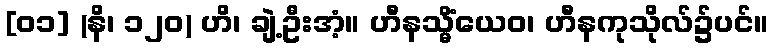
[၀၁] (နိ၊ ၁၂၀) ဟိ၊ ချဲ့ဦးအံ့။ ဟီနသ္မိံယေဝ၊ ဟီနကုသိုလ်၌ပင်။